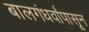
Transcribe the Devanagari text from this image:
बालगंधर्वांपासून